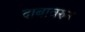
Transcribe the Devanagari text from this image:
दाबावरुन